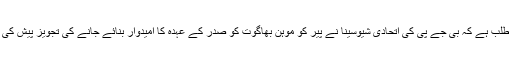
غور طلب ہے کہ بی جے پی کی اتحادی شیوسینا نے پیر کو موہن بھاگوت کو صدر کے عہدہ کا امیدوار بنائے جانے کی تجویز پیش کی تھی۔